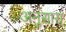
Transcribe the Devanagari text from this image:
अनुसारा